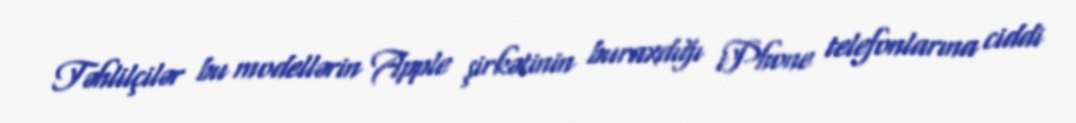
Təhlilçilər bu modellərin Apple şirkətinin buraxdığı iPhone telefonlarına ciddi